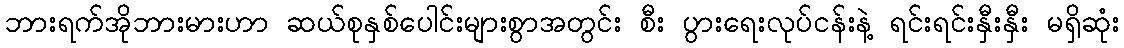
ဘားရက်အိုဘားမားဟာ ဆယ်စုနှစ်ပေါင်းများစွာအတွင်း စီး ပွားရေးလုပ်ငန်းနဲ့ ရင်းရင်းနှီးနှီး မရှိဆုံး